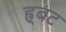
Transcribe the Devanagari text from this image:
ह्र्बट